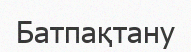
Батпақтану